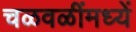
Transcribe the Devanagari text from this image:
चळवळींमध्यें